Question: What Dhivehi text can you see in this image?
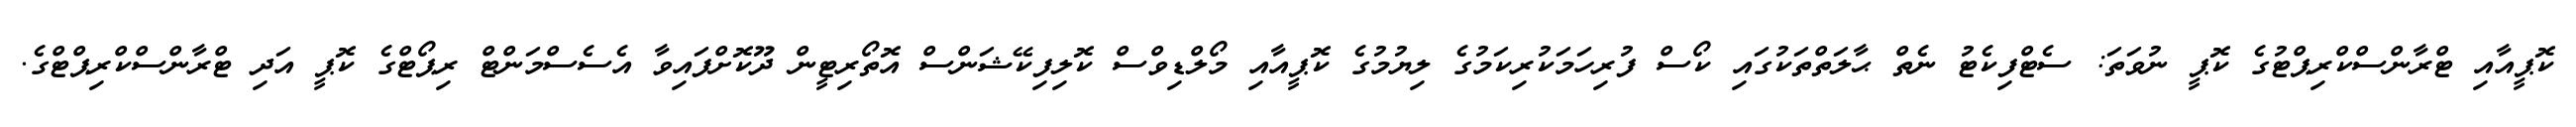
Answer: ކޮޕީއާއި ޓްރާންސްކްރިޕްޓުގެ ކޮޕީ ނުވަތަ: ސެޓްފިކެޓު ނެތް ޙާލަތްތަކުގައި ކޯސް ފުރިހަމަކުރިކަމުގެ ލިޔުމުގެ ކޮޕީއާއި މޯލްޑިވްސް ކޮލިފިކޭޝަންސް އޮތޯރިޓީން ދޫކޮށްފައިވާ އެސެސްމަންޓް ރިޕޯޓްގެ ކޮޕީ އަދި ޓްރާންސްކްރިޕްޓްގެ.